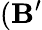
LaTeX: (\mathbf{B^{\prime}}